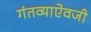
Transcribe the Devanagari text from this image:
गंतव्याऐवजी